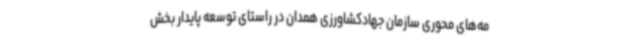
مه‌های محوری سازمان جهادکشاورزی همدان در راستای توسعه پایدار بخش